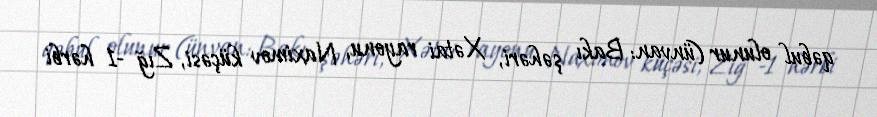
qəbul olunur (ünvan: Bakı şəhəri, Xətai rayonu, Naximov küçəsi, Zığ -1 hərbi